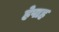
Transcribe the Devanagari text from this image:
हेपाह